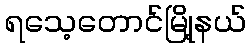
ရသေ့တောင်မြို့နယ်